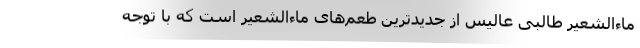
ماءالشعیر طالبی عالیس از جدید‌ترین طعم‌های ماءالشعیر است که با توجه